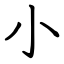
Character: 小